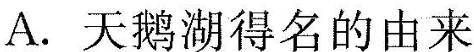
A.天鹅湖得名的由来